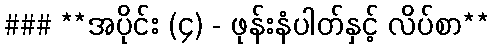
### **အပိုင်း (၄) - ဖုန်းနံပါတ်နှင့် လိပ်စာ**